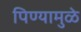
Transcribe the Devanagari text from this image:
पिण्यामुळे